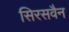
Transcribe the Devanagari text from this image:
सिरसवैन